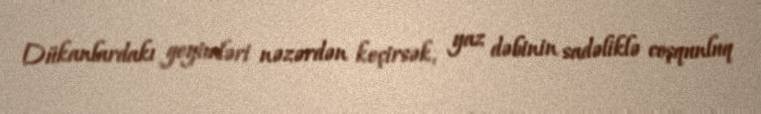
Dükanlardakı geyimləri nəzərdən keçirsək, yaz dəbinin sadəliklə coşqunluq